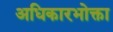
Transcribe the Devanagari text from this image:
अधिकारभोक्ता